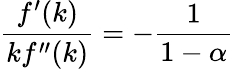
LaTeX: {\frac{f^{\prime}(k)}{kf^{\prime\prime}(k)}}=-{\frac{1}{1-\alpha}}